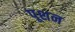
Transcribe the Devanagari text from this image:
पूशन